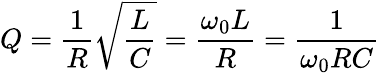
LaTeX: Q={\frac{1}{R}}{\sqrt{\frac{L}{C}}}={\frac{\omega_{0}L}{R}}={\frac{1}{\omega_{0}RC}}